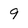
Character: 9